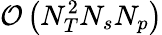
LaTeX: \mathcal{O}\left(N_{T}^{2}N_{s}N_{p}\right)